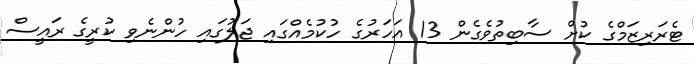
ޓެރަރިޒަމްގެ ކުށް ސާބިތުވެގެން 13 އަހަރުގެ ހުކުމެއްގައި ޖަލުގައި ހުންނެވި ކުރީގެ ރައީސް